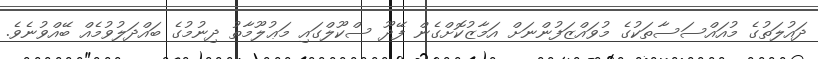
ދައުލަތުގެ މުއައްސަސާތަކުގެ މުވައްޒަފުންނަށް އަމާޒުކޮށްގެން ފޭދޫ ސްކޫލްގައި މަޢުލޫމާތު ދިނުމުގެ ބައްދަލުވުމެއް ބޭއްވުނެވެ.